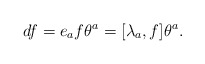
\begin{align*}df = e_a f \theta^a = [\lambda_a, f] \theta^a. \end{align*}